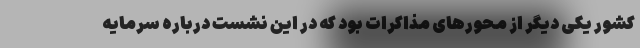
کشور یکی دیگر از محورهای مذاکرات بود که در این نشست درباره سرمایه